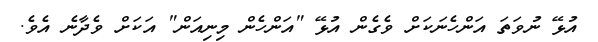
އުޅޭ ނުވަތަ އަންހެނަކަށް ވެގެން އުޅޭ "އަންހެން މިނިއަން" އަކަށް ވެދާނެ އެވެ.